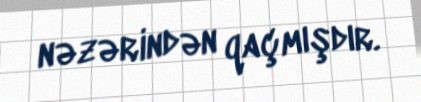
nəzərindən qaçmışdır.